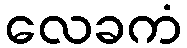
လေခကံ